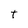
Character: t